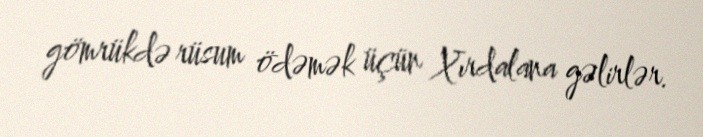
gömrükdə rüsum ödəmək üçün Xırdalana gəlirlər.